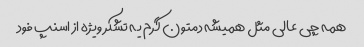
همه چی عالی مثل همیشه دمتون گرم یه تشکر ویژه از اسنپ فود